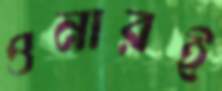
ওনারই